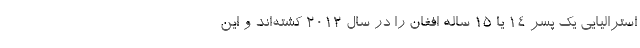
استرالیایی یک پسر ۱۴ یا ۱۵ ساله افغان را در سال ۲۰۱۲ کشته‌اند و این